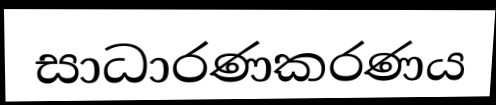
සාධාරණකරණය